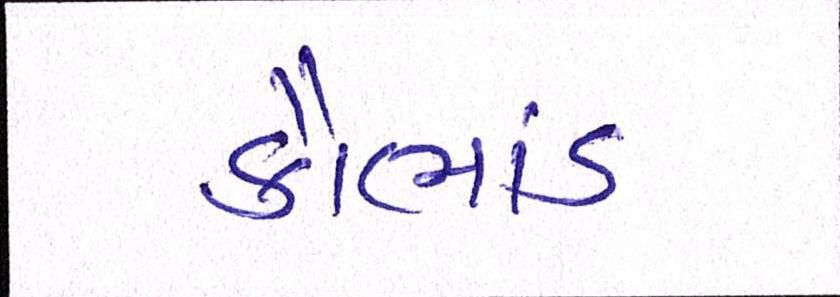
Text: કૌભાંડ